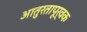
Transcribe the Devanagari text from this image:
आतुरतापूर्वक